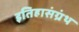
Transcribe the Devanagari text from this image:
इतिहासंग्रंथ